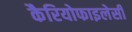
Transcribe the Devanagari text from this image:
कैरियोफाइलेसी